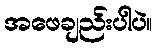
အဖေချည်းပါပဲ။